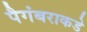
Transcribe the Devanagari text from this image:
पैगंबराकडे